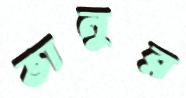
ভানুর